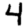
Digit: 4